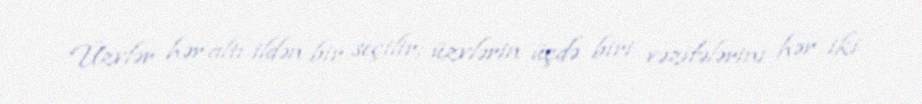
Üzvlər hər altı ildən bir seçilir; üzvlərin üçdə biri vəzifələrini hər iki